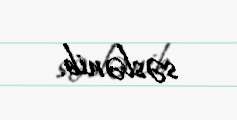
səslənib.